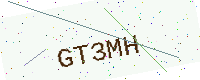
Text: GT3MH